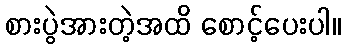
စားပွဲအားတဲ့အထိ စောင့်ပေးပါ။